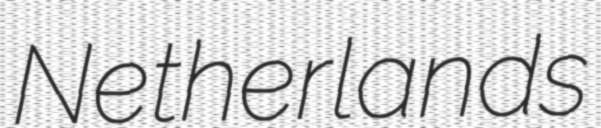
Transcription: Netherlands